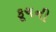
કૂચની